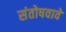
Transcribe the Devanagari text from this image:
संतोषवावे